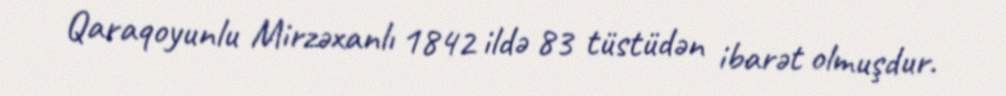
Qaraqoyunlu Mirzəxanlı 1842 ildə 83 tüstüdən ibarət olmuşdur.